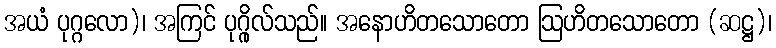
အယံ ပုဂ္ဂလော)၊ အကြင် ပုဂ္ဂိုလ်သည်။ အနောဟိတသောတော ဩဟိတသောတော (ဆဋ္ဌ)၊